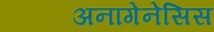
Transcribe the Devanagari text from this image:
अनागेनेसिस